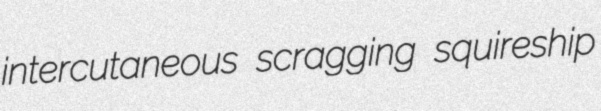
intercutaneous scragging squireship